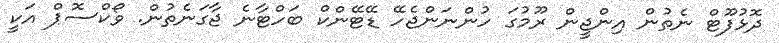
ދޮޅުފޫޓް ނެތުން އިންޖީން ރޫމުގަ ހުންނަންޖެހޭ ޑޭޓޭންކް ބަހްޓާނެ ޖާގަނެތުން. ވޯކްސޮޕް އަކީ